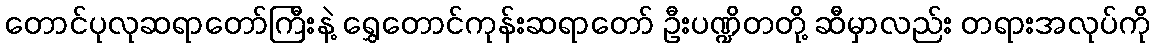
တောင်ပုလုဆရာတော်ကြီးနဲ့ ရွှေတောင်ကုန်းဆရာတော် ဦးပဏ္ဍိတတို့ ဆီမှာလည်း တရားအလုပ်ကို